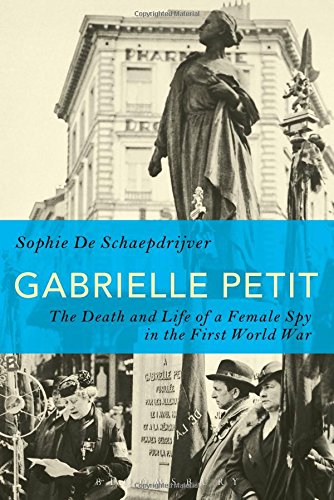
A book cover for Gabrielle Petit: The Death and Life of a Female Spy in the First World War; Sophie De Schaepdrijver; History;